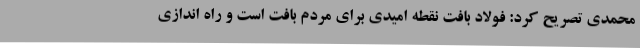
محمدی تصریح کرد: فولاد بافت نقطه امیدی برای مردم بافت است و راه اندازی